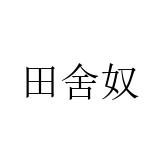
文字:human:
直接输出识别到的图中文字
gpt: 田舍奴